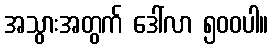
အသွားအတွက် ဒေါ်လာ ၅၀၀ပါ။